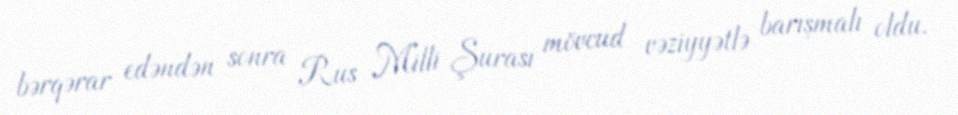
bərqərar edəndən sonra Rus Milli Şurası mövcud vəziyyətlə barışmalı oldu.